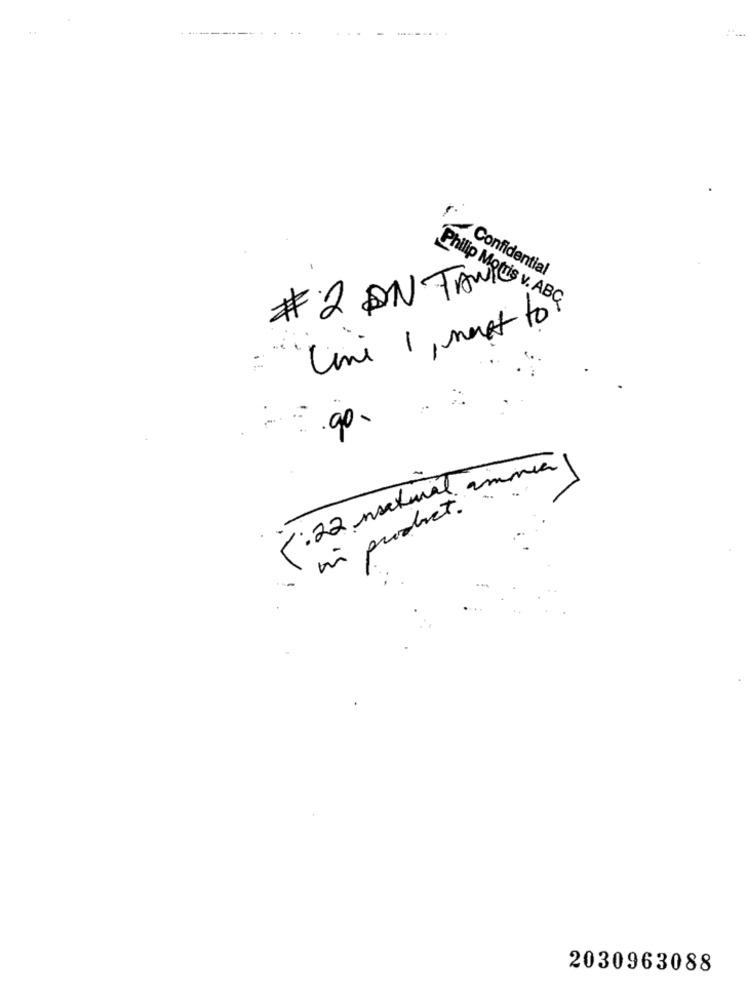
Confidential
# 2 AN TANIE
Philip Mottis v. ABG
Uni 1, must to
5:22 inectural ammia
in product .
2030963088